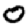
Digit: 0